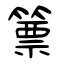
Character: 篻